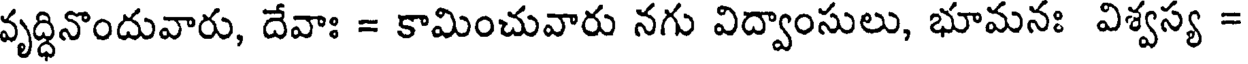
వృద్ధినొందువారు, దేవాః = కామించువారు నగు విద్వాంసులు, భూమనః విశ్వస్య =